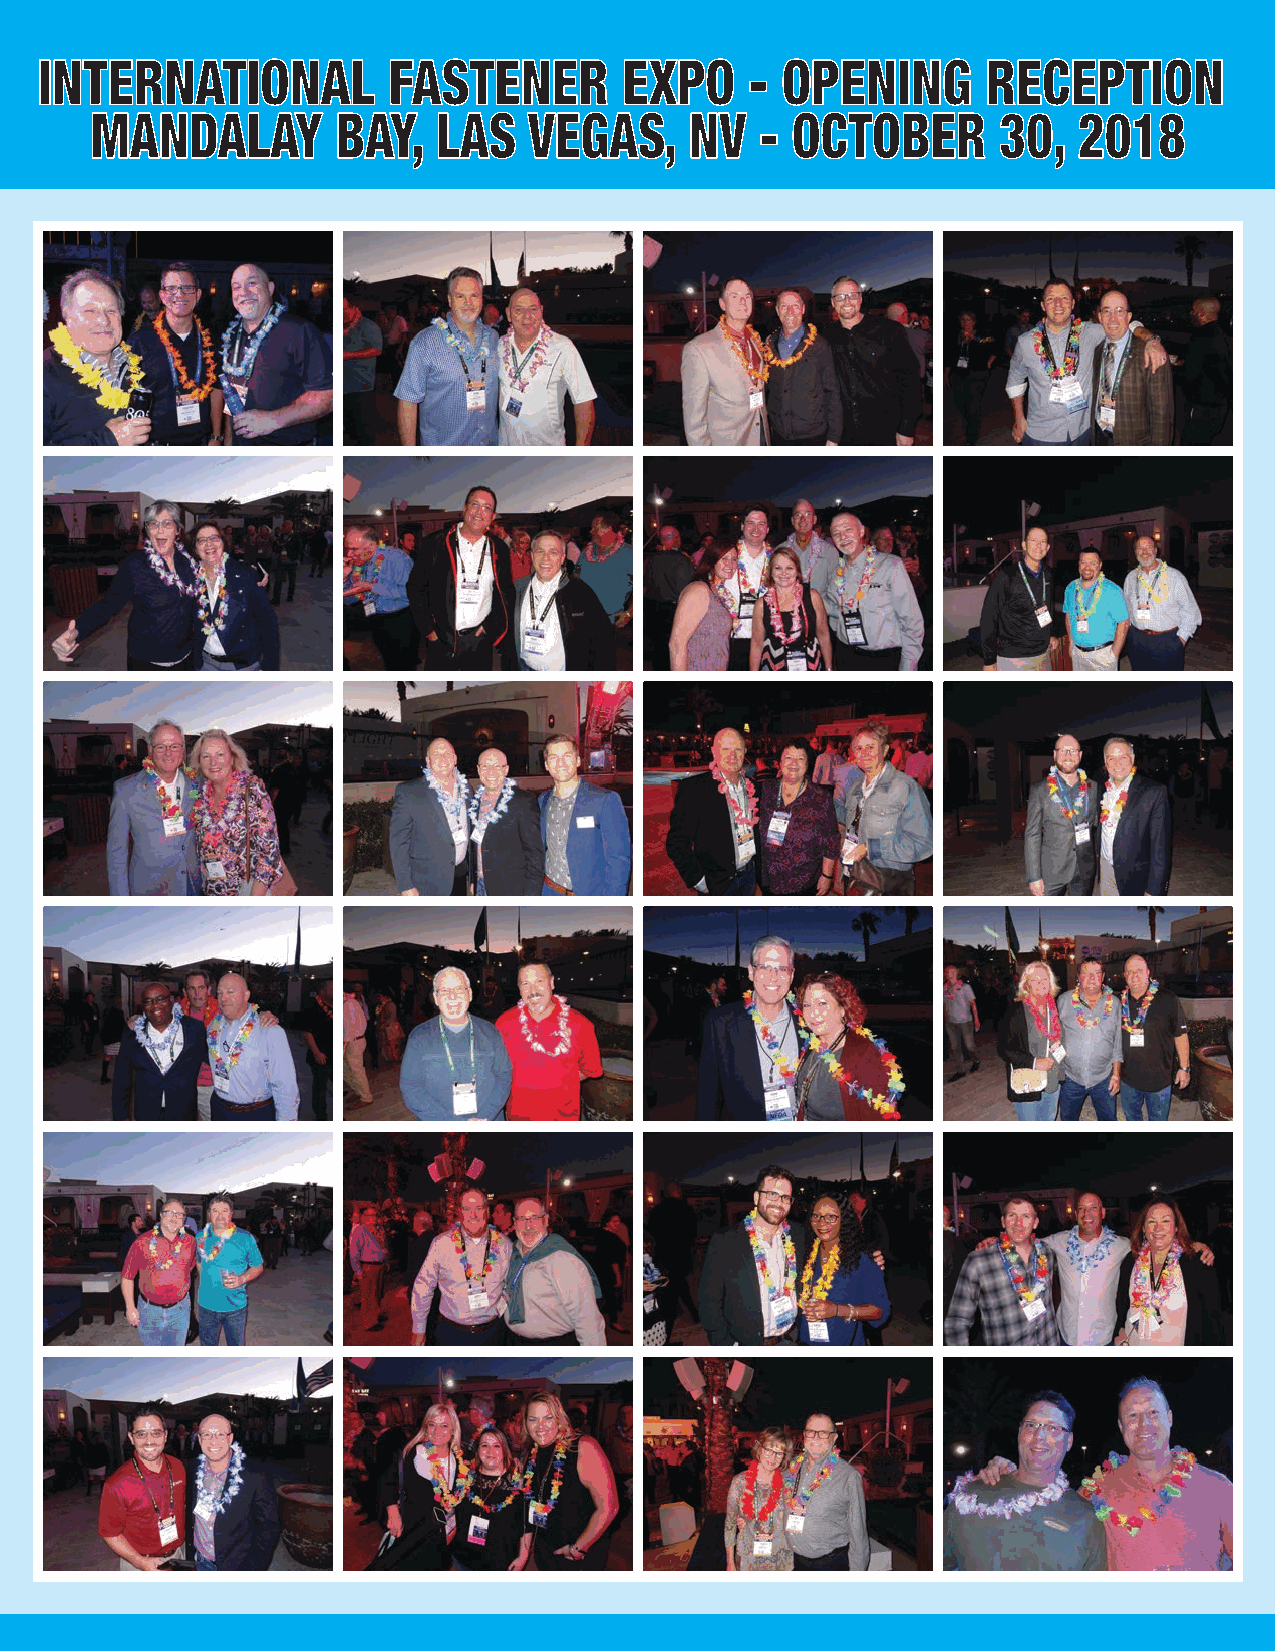
INTERNATIONAL          FASTENER       EXPO     - OPENING      RECEPTION
 MANDALAY        BAY,   LAS   VEGAS,     NV  - OCTOBER       30,  2018